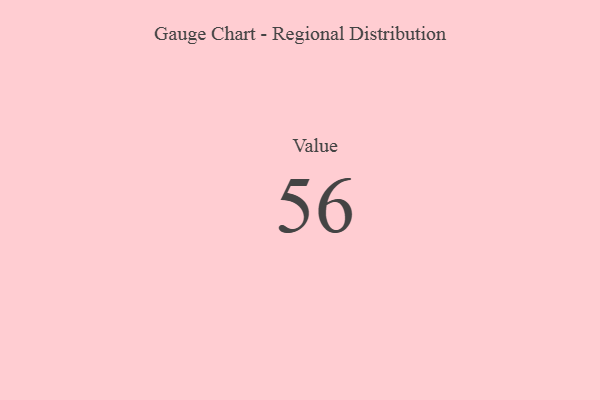
{"axis": {"x": "Metric", "y": "Value"}, "legend": [""], "data": [{"x": "Value", "y": 56, "type": ""}]}